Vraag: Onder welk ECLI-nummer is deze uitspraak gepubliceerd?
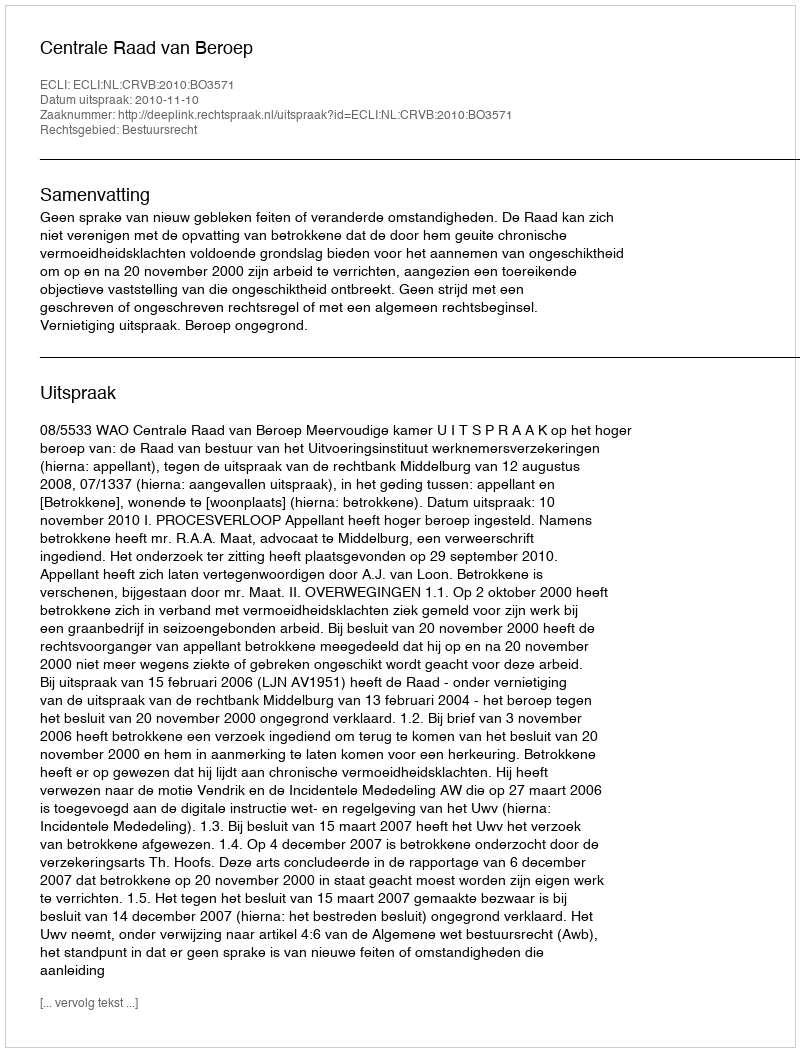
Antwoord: ECLI:NL:CRVB:2010:BO3571